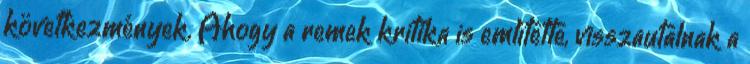
következmények. Ahogy a remek kritika is említette, visszautalnak a